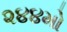
૨૪૪મો